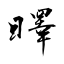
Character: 曎